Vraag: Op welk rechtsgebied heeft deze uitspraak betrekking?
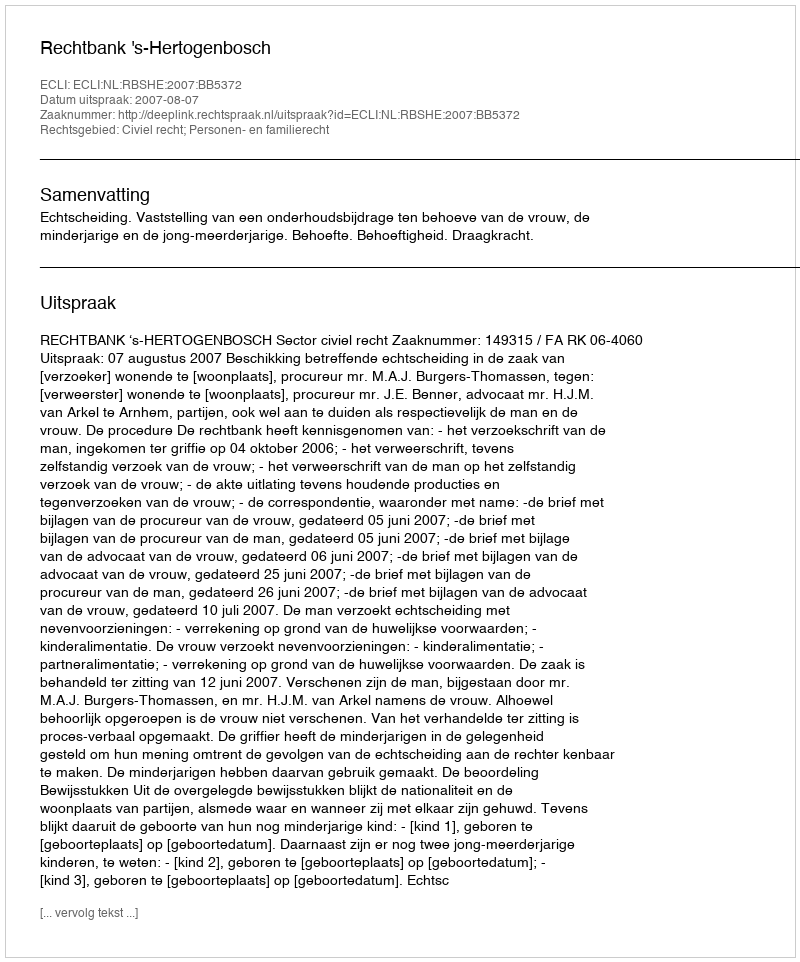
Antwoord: Civiel recht; Personen- en familierecht